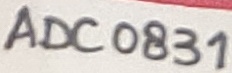
Text: ADC0831